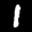
Label: 1